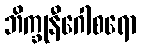
ဘိက္ခုနီဂေါစရော